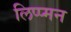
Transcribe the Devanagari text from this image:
लिप्प्मन